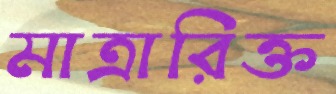
মাত্রারিক্ত